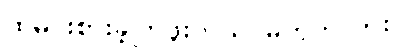
ထမင်းစားခဲ့ကြဖူးတယ် မဟုတ်လား။